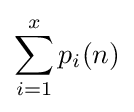
\sum _{i=1}^{x}p_{i}(n)